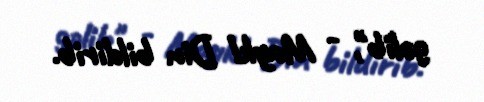
gəlib", - Maykl Din bildirib.